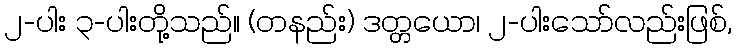
၂-ပါး ၃-ပါးတို့သည်။ (တနည်း) ဒတ္တယော၊ ၂-ပါးသော်လည်းဖြစ်,